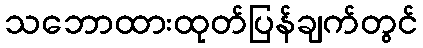
သဘောထားထုတ်ပြန်ချက်တွင်